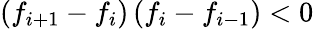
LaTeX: \left(f_{i+1}-f_{i}\right)\left(f_{i}-f_{i-1}\right)<0